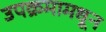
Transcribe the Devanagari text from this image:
उपक्रमामधून